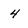
Character: 4